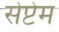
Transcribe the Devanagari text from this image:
सेप्टेम